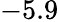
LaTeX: -5.9